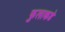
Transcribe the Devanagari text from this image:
फुलाकडे